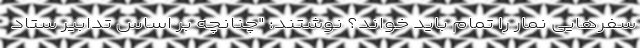
سفرهایی نمار را تمام باید خواند؟ نوشتند: "چنانچه بر اساس تدابیر ستاد